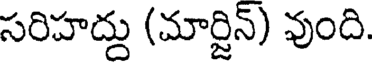
సరిహద్దు (మార్జిన్) వుంది.